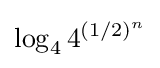
\log _{4}4^{(1/2)^{n}}